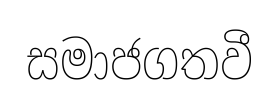
සමාජගතවී